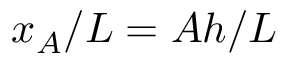
x _ { A } / L = A h / L